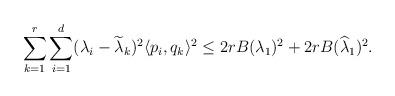
LaTeX: \begin{align*}\sum_{k=1}^{r}\sum_{i=1}^d (\lambda_i - \widetilde \lambda_k)^2 \langle p_i, q_k\rangle^2 \leq 2 r B(\lambda_1)^2+ 2r B(\widehat \lambda_1)^2.\end{align*}